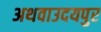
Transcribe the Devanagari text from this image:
अथवाउदयपुर